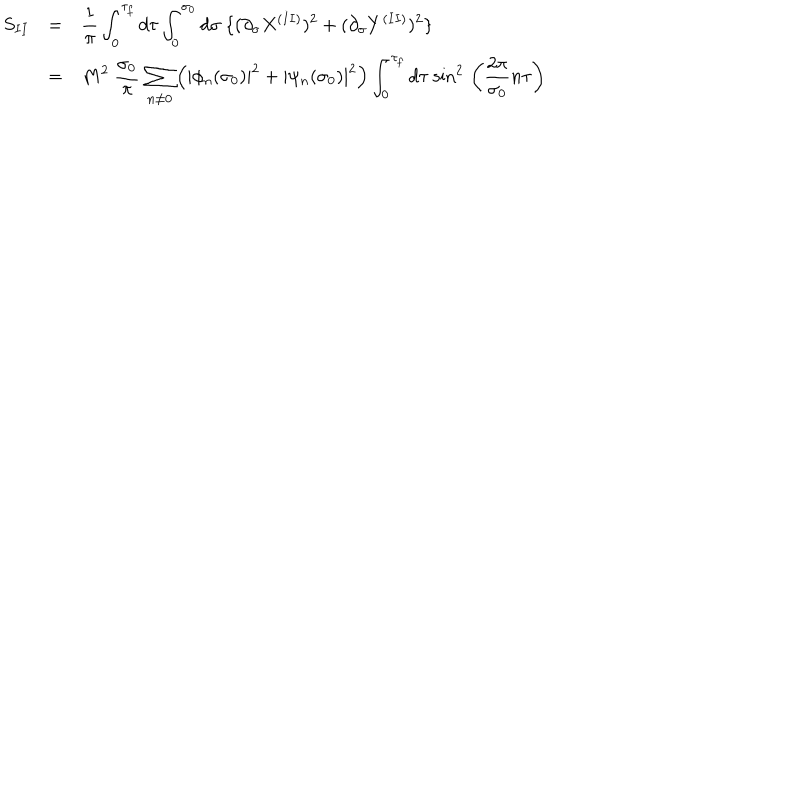
LaTeX: \begin{array} { l c l } { { S _ { I I } } } & { { = } } & { { { \displaystyle \frac { 1 } { \pi } \int _ { 0 } ^ { \tau _ { f } } d \tau \int _ { 0 } ^ { \sigma _ { 0 } } d \sigma ~ \{ ( \partial _ { \sigma } X ^ { ( I I ) } ) ^ { 2 } + ( \partial _ { \sigma } Y ^ { ( I I ) } ) ^ { 2 } \} } } } \\ { { } } & { { = } } & { { { \displaystyle M ^ { 2 } ~ \frac { \sigma _ { 0 } } { \pi } \, \sum _ { n \neq 0 } ^ { } \left( | \phi _ { n } ( \sigma _ { 0 } ) | ^ { 2 } + | \psi _ { n } ( \sigma _ { 0 } ) | ^ { 2 } \right) \int _ { 0 } ^ { \tau _ { f } } d \tau ~ { \sin } ^ { 2 } \, \left( \frac { 2 \pi } { \sigma _ { 0 } } n \tau \right) } } } \\ \end{array}